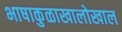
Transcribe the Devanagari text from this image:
भाषाकुळाखालोखाल